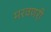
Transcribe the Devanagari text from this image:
मरवणरी